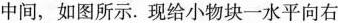
中间，如图所示。现给小物块一水平向右